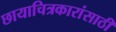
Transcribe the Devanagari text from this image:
छायाचित्रकारांसाठी